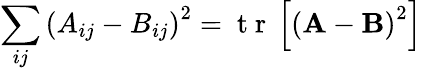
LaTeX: \sum_{ij}\left(A_{ij}-B_{ij}\right)^{2}=\mathrm{~t~r~}\left[\left({\mathbf A}-{\mathbf B}\right)^{2}\right]